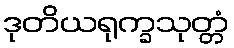
ဒုတိယရုက္ခသုတ္တံ